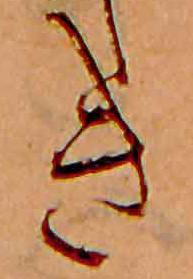
き